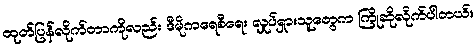
ထုတ်ပြန်လိုက်တာကိုလည်း ဒီမိုကရေစီရေး လှုပ်ရှားသူတွေက ကြိုဆိုလိုက်ပါတယ်။